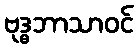
ဗုဒ္ဓဘာသာဝင်